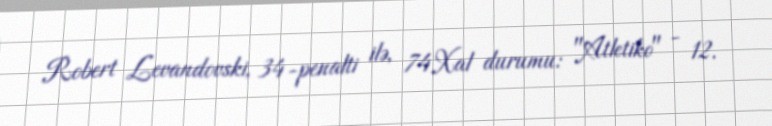
Robert Levandovski, 34-penalti ilə, 74Xal durumu: "Atletiko" - 12.